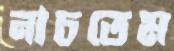
নাচতেম